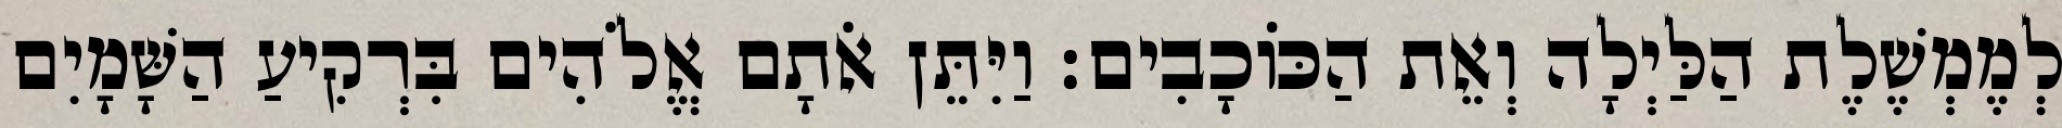
לְמֶמְשֶׁלֶת הַלַּיְלָה וְאֵת הַכֹּוכָבִים׃ וַיִּתֵּן אֹתָם אֱלֹהִים בִּרְקִיעַ הַשָּׁמָיִם